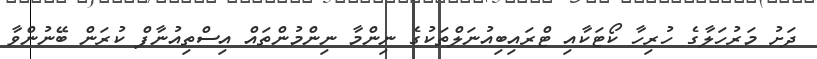
ދަށު މަރުހަލާގެ ހުރިހާ ކޯޓަކާއި ޓްރައިބިއުނަލްތަކުގެ ނިންމާ ނިންމުންތައް އިސްތިއުނާފް ކުރަން ބޭނުންވާ